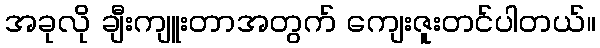
အခုလို ချီးကျူးတာအတွက် ကျေးဇူးတင်ပါတယ်။